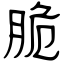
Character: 脆